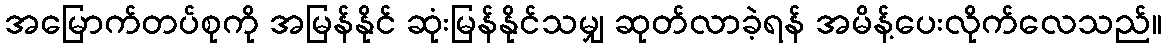
အမြောက်တပ်စုကို အမြန်နိုင် ဆုံးမြန်နိုင်သမျှ ဆုတ်လာခဲ့ရန် အမိန့်ပေးလိုက်လေသည်။